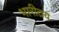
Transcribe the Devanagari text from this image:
भारीतय